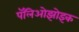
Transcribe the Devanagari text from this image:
पॅलिओझोइक